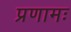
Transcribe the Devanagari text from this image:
प्रणामः